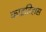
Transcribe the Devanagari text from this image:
काइतिहास